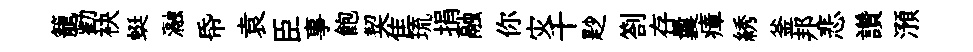
籠勸袂蜓瀜帋袁臣事飽契隹琉捐融你灾千尟劄存曩瘴綉釜邦悲讚澦